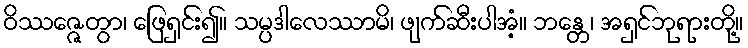
ဝိဿဇ္ဇေတွာ၊ ဖြေရှင်း၍။ သမ္ပဒါလေဿာမိ၊ ဖျက်ဆီးပါအံ့။ ဘန္တေ၊ အရှင်ဘုရားတို့။